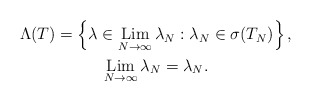
\begin{align*} \begin{gathered} \Lambda(T) = \left\{ \lambda\in\displaystyle\mathop{\operatorname{Lim}}_{N\to\infty}\lambda_N : \lambda_N\in\sigma(T_N) \right\}, \\ \mathop{\operatorname{Lim}}_{N\to\infty}\lambda_N = \lambda_N. \end{gathered} \end{align*}